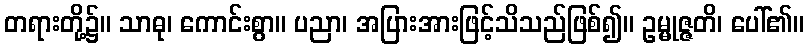
တရားတို့၌။ သာဓု၊ ကောင်းစွာ။ ပညာ၊ အပြားအားဖြင့်သိသည်ဖြစ်၍။ ဥမ္မုဇ္ဇတိ၊ ပေါ်၏။